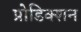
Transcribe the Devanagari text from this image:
प्रोडिक्शन